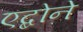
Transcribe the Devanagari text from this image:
एब्दोने